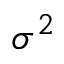
\sigma ^ { 2 }